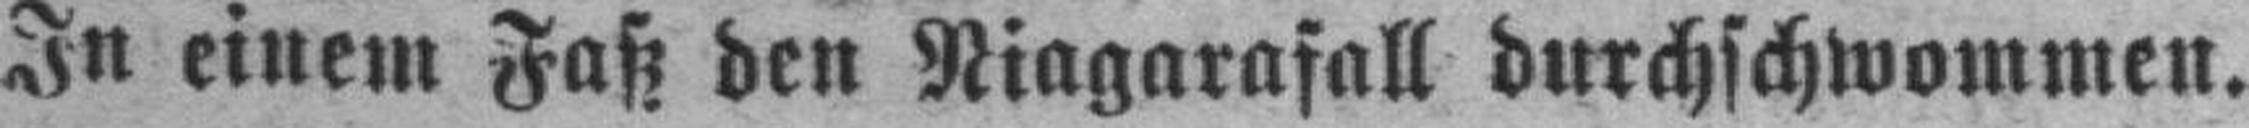
In einem Faß den Niagarafall durchschwommen.